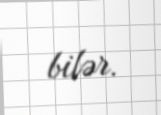
bilər.